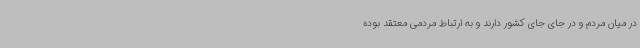
در میان مردم و در جای جای کشور دارند و به ارتباط مردمی معتقد بوده